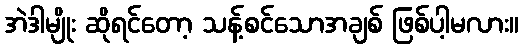
အဲဒါမျိုး ဆိုရင်တော့ သန့်စင်သောအချစ် ဖြစ်ပါ့မလား။